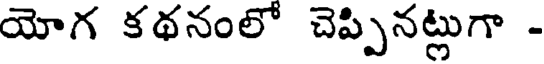
యోగ కథనంలో చెప్పినట్లుగా -